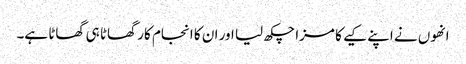
انھوں نے اپنے کیے کا مزا چکھ لیا اور ان کا انجام کار گھاٹا ہی گھاٹا ہے۔